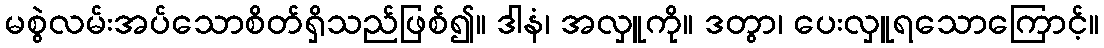
မစွဲလမ်းအပ်သောစိတ်ရှိသည်ဖြစ်၍။ ဒါနံ၊ အလှူကို။ ဒတွာ၊ ပေးလှူရသောကြောင့်။